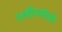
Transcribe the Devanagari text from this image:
१०वीपर्यंतचे